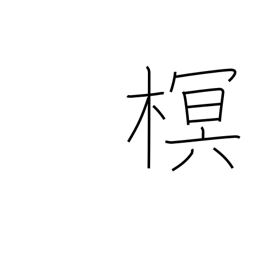
Meaning: type of tree